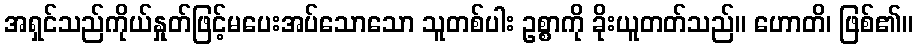
အရှင်သည်ကိုယ်နှုတ်ဖြင့်မပေးအပ်သောသော သူတစ်ပါး ဥစ္စာကို ခိုးယူတတ်သည်။ ဟောတိ၊ ဖြစ်၏။